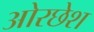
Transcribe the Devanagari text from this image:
ओरछेश